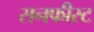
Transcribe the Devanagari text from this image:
सनफीस्ट